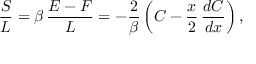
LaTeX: { \frac { S } { L } } = \beta \, { \frac { E - F } { L } } = - { \frac { 2 } { \beta } } \left( C - { \frac { x } { 2 } } \, { \frac { d C } { d x } } \right) ,